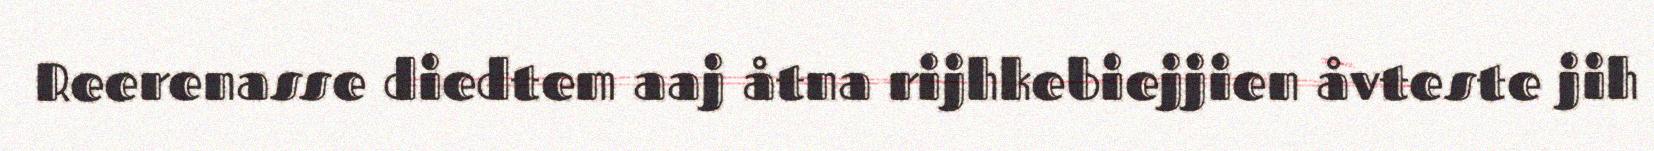
Reerenasse diedtem aaj åtna rijhkebiejjien åvteste jih